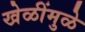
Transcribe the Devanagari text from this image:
खेळींमुळे